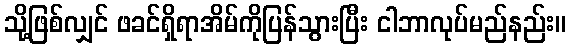
သို့ဖြစ်လျှင် ဖခင်ရှိရာအိမ်ကိုပြန်သွားပြီး ငါဘာလုပ်မည်နည်း။